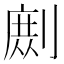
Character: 𭄉